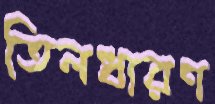
তিলধারণ